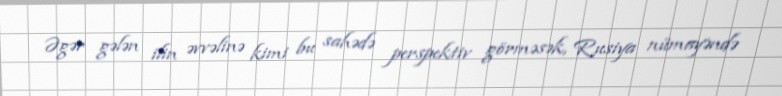
Əgər gələn ilin əvvəlinə kimi bu sahədə perspektiv görməsək, Rusiya nümayəndə